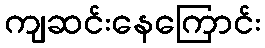
ကျဆင်းနေကြောင်း